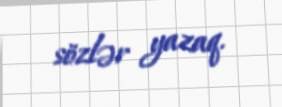
sözlər yazaq.